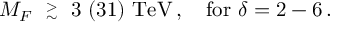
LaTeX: M _ { F } \ \stackrel { > } { { } _ { \sim } } \ 3 \ ( 3 1 ) \ \mathrm { T e V } \, , \quad \mathrm { f o r } \ \delta = 2 - 6 \, .